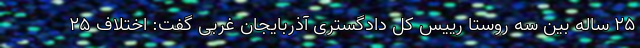
۲۵ ساله بین سه روستا رییس کل دادگستری آذربایجان غربی گفت: اختلاف ۲۵